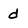
Character: d